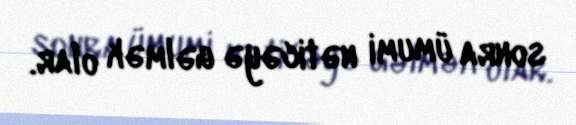
sonra ümumi nəticəyə gəlmək olar.